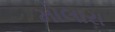
મોલારા